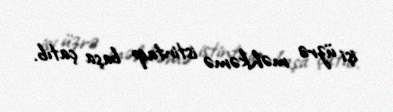
işi üzrə məhkəmə istintaqı başa çatıb.